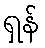
ရှန်